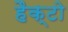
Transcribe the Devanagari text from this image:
हैक्टो